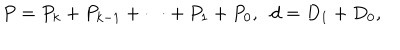
P = P _ { k } + P _ { k - 1 } + \cdots + P _ { 1 } + P _ { 0 } , \; \; d = D _ { 1 } + D _ { 0 } ,